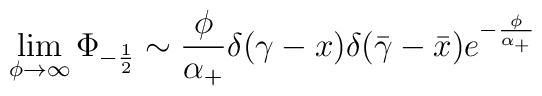
\lim_{\phi \rightarrow \infty }\Phi _{-\frac 12}\sim \frac \phi {\alpha_{+}}\delta (\gamma -x)\delta (\bar \gamma -\bar x)e^{-\frac {\phi}{\alpha_{+}}}